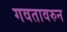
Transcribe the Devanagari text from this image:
गवतावरुन